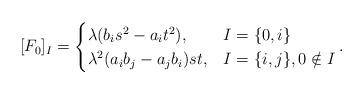
LaTeX: \begin{align*}[F_{0}]_{I} = \begin{cases}\lambda (b_{i}s^{2} - a_{i}t^{2}), & I = \{0, i\}\\\lambda^{2} (a_{i}b_{j} - a_{j}b_{i})st, & I = \{i, j\}, 0 \notin I\end{cases}.\end{align*}